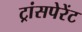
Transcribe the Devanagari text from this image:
ट्रांसपेरेंट